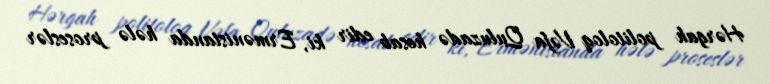
Hərgah politoloq Vəfa Quluzadə hesab edir ki, Ermənistanda hələ proseslər